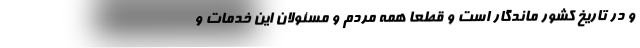
و در تاریخ کشور ماندگار است و قطعا همه مردم و مسئولان این خدمات و